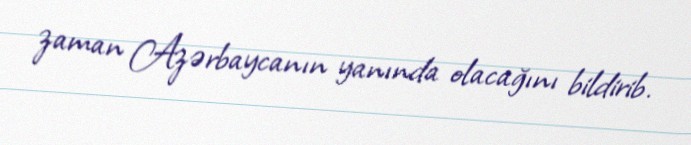
zaman Azərbaycanın yanında olacağını bildirib.